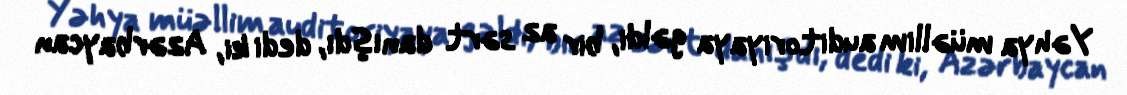
Yəhya müəllim auditoriyaya gəldi, bir az sərt danışdı, dedi ki, Azərbaycan